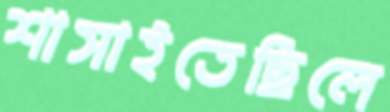
শাসাইতেছিলে